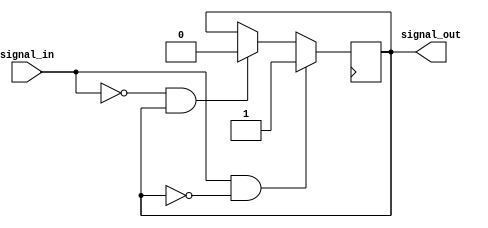
module Schmitt_trigger_inverter(
    input wire signal_in,
    output wire signal_out
);

reg signal_out_reg;
reg signal_out_reg_next;

always @ (signal_in)
begin
    if (signal_in && !signal_out_reg) begin
        signal_out_reg_next = 1;
    end
    else if (!signal_in && signal_out_reg) begin
        signal_out_reg_next = 0;
    end
    else begin
        signal_out_reg_next = signal_out_reg;
    end
end

always @ (posedge clk)
begin
    signal_out_reg <= signal_out_reg_next;
end

assign signal_out = signal_out_reg;

endmodule